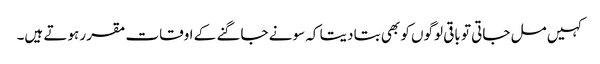
کہیں مل جاتی تو باقی لوگوں کو بھی بتا دیتا کہ سونے جاگنے کے اوقات مقرر ہوتے ہیں۔